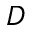
D